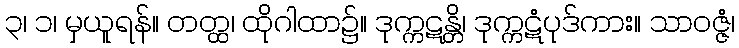
၃၊ ၁၊ မှယူရန်။ တတ္ထ၊ ထိုဂါထာ၌။ ဒုက္ကဋန္တိ၊ ဒုက္ကဋံပုဒ်ကား။ သာဝဇ္ဇံ၊